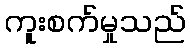
ကူးစက်မှုသည်